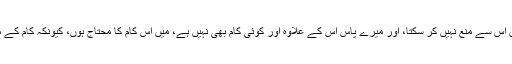
يہ علم ميں ركھيں كہ كيفے ميرا نہيں بلكہ ميں ملازمت كرتا ہوں، يعنى ميں اس سے منع نہيں كر سكتا، اور ميرے پاس اس كے علاوہ اور كوئى كام بھى نہيں ہے، ميں اس كام كا محتاج ہوں، كيونكہ كام كے مواقع بہت كم ہيں، ہو سكتا ہے ميں چھ ماہ تك بغير كام كے ہى بيٹھا رہوں ؟